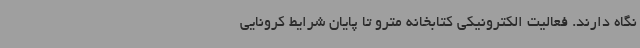
نگاه دارند. فعالیت الکترونیکی کتابخانه مترو تا پایان شرایط کرونایی